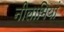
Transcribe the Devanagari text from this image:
नीलामियां